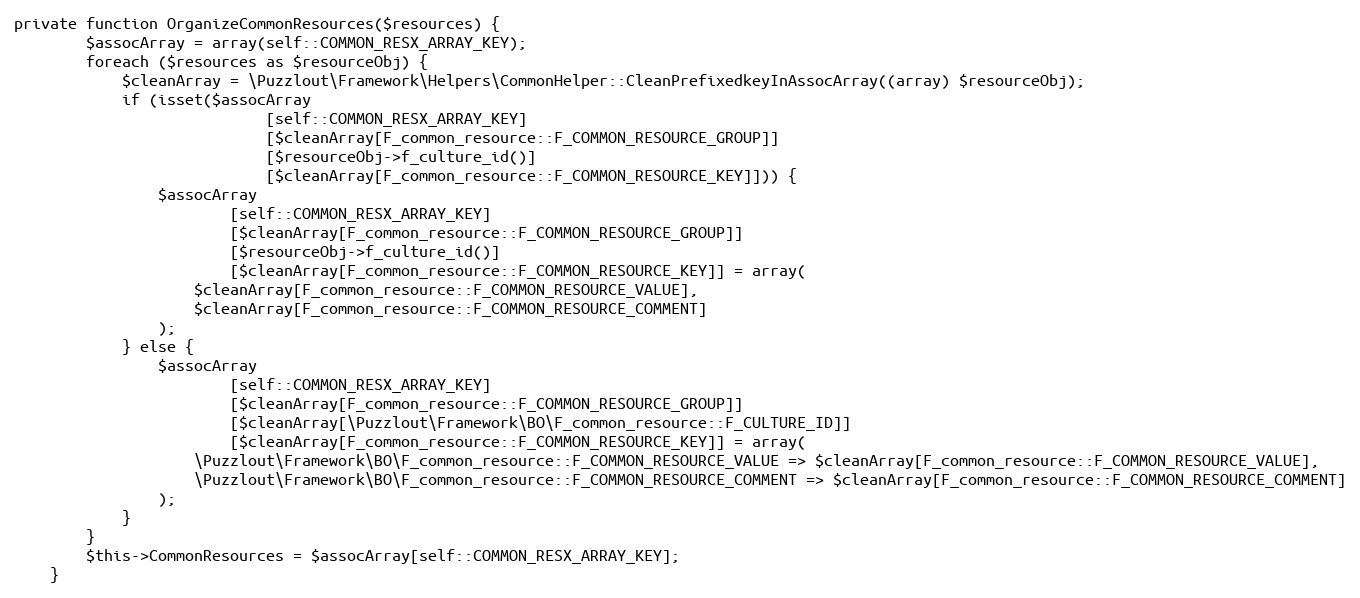
Language: PHP
private function OrganizeCommonResources($resources) {
        $assocArray = array(self::COMMON_RESX_ARRAY_KEY);
        foreach ($resources as $resourceObj) {
            $cleanArray = \Puzzlout\Framework\Helpers\CommonHelper::CleanPrefixedkeyInAssocArray((array) $resourceObj);
            if (isset($assocArray
                            [self::COMMON_RESX_ARRAY_KEY]
                            [$cleanArray[F_common_resource::F_COMMON_RESOURCE_GROUP]]
                            [$resourceObj->f_culture_id()]
                            [$cleanArray[F_common_resource::F_COMMON_RESOURCE_KEY]])) {
                $assocArray
                        [self::COMMON_RESX_ARRAY_KEY]
                        [$cleanArray[F_common_resource::F_COMMON_RESOURCE_GROUP]]
                        [$resourceObj->f_culture_id()]
                        [$cleanArray[F_common_resource::F_COMMON_RESOURCE_KEY]] = array(
                    $cleanArray[F_common_resource::F_COMMON_RESOURCE_VALUE],
                    $cleanArray[F_common_resource::F_COMMON_RESOURCE_COMMENT]
                );
            } else {
                $assocArray
                        [self::COMMON_RESX_ARRAY_KEY]
                        [$cleanArray[F_common_resource::F_COMMON_RESOURCE_GROUP]]
                        [$cleanArray[\Puzzlout\Framework\BO\F_common_resource::F_CULTURE_ID]]
                        [$cleanArray[F_common_resource::F_COMMON_RESOURCE_KEY]] = array(
                    \Puzzlout\Framework\BO\F_common_resource::F_COMMON_RESOURCE_VALUE => $cleanArray[F_common_resource::F_COMMON_RESOURCE_VALUE],
                    \Puzzlout\Framework\BO\F_common_resource::F_COMMON_RESOURCE_COMMENT => $cleanArray[F_common_resource::F_COMMON_RESOURCE_COMMENT]
                );
            }
        }
        $this->CommonResources = $assocArray[self::COMMON_RESX_ARRAY_KEY];
    }